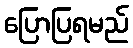
ပြောပြရမည်